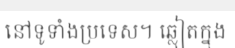
នៅទូទាំងប្រទេស។ ឆ្លៀតក្នុង